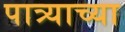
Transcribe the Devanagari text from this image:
पात्र्याच्या